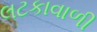
લટકાવાળી